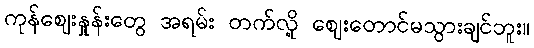
ကုန်ဈေးနှုန်းတွေ အရမ်း တက်လို့ ဈေးတောင်မသွားချင်ဘူး။